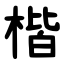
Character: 楷